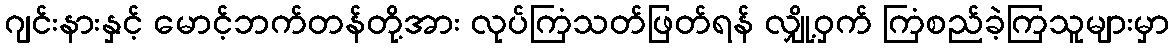
ဂျင်းနားနှင့် မောင့်ဘက်တန်တို့အား လုပ်ကြံသတ်ဖြတ်ရန် လျှို့ဝှက် ကြံစည်ခဲ့ကြသူများမှာ